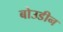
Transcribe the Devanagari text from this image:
बोउडीन